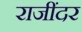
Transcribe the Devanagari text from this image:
राजींदर